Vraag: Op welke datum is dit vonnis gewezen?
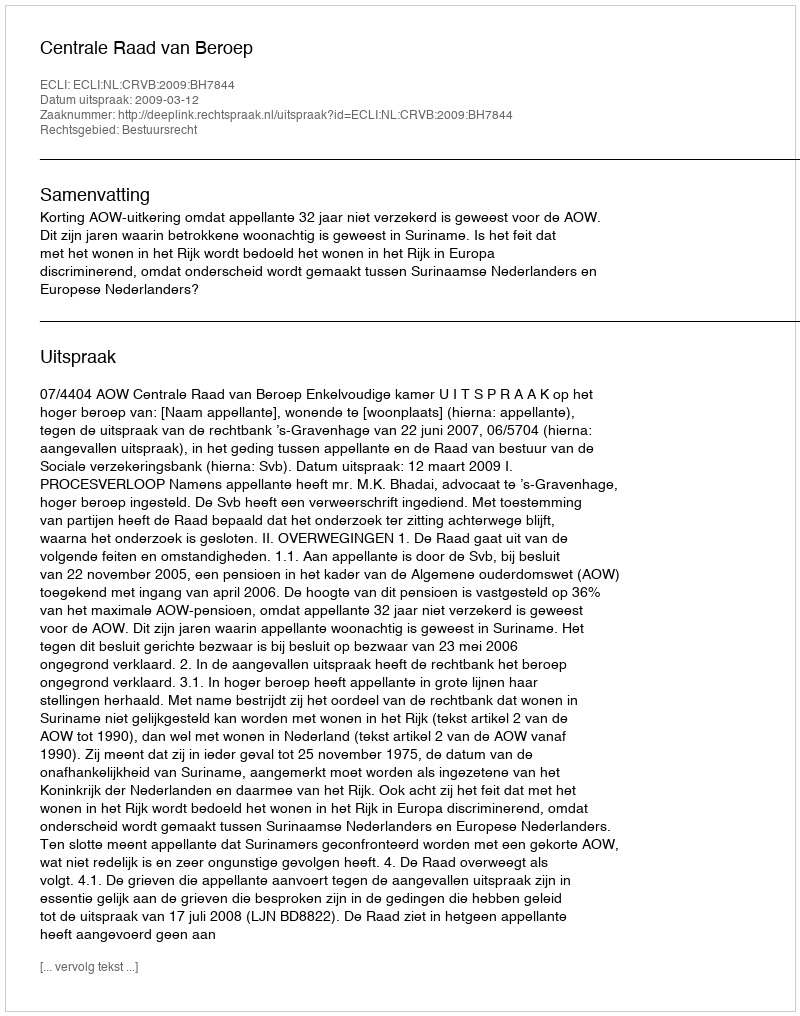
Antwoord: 2009-03-12